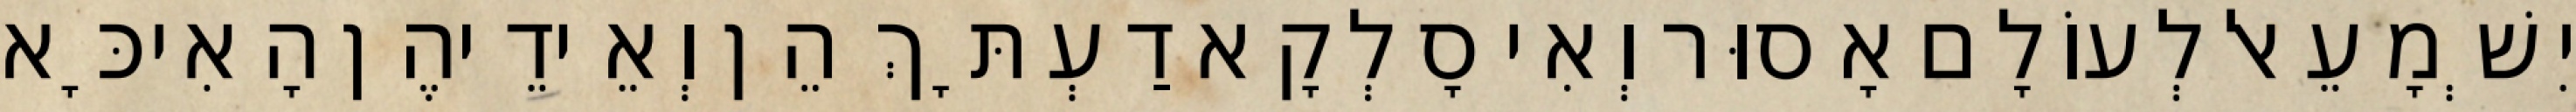
יִשְׁמָעֵאל לְעוֹלָם אָסוּר וְאִי סָלְקָא דַעְתָּךְ הֵן וְאֵידֵיהֶן הָאִיכָּא